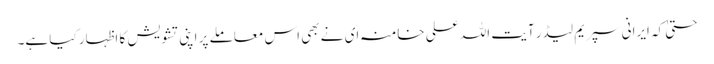
حتیٰ کہ ایرانی سپریم لیڈر آیت اللہ علی خامنہ ای نے بھی اس معاملے پر اپنی تشویش کا اظہار کیا ہے۔